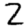
Digit: 2